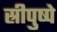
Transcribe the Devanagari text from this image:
स्रीपुष्पे